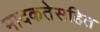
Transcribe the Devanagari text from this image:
मादकतेसहित